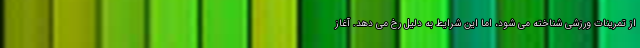
از تمرینات ورزشی شناخته می شود، اما این شرایط به دلیل رخ می دهد. آغاز